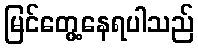
မြင်တွေ့နေရပါသည်